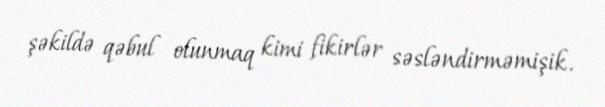
şəkildə qəbul olunmaq kimi fikirlər səsləndirməmişik.